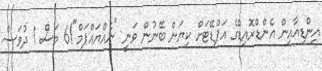
އިންޑިއާއިން އެންޑްރޮއިޑްގެ އަޕްޑޭޓަށް ކިޔަން ބޭނުން ވަނީ "ނެއްޔައްޕަމް"!6 މަސް 1 ދުވަސް